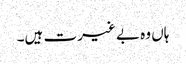
ہاں وہ بے غیرت ہیں۔